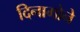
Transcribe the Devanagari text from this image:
दिनामोने